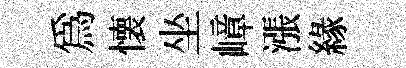
爲懐坐嶂漲緣